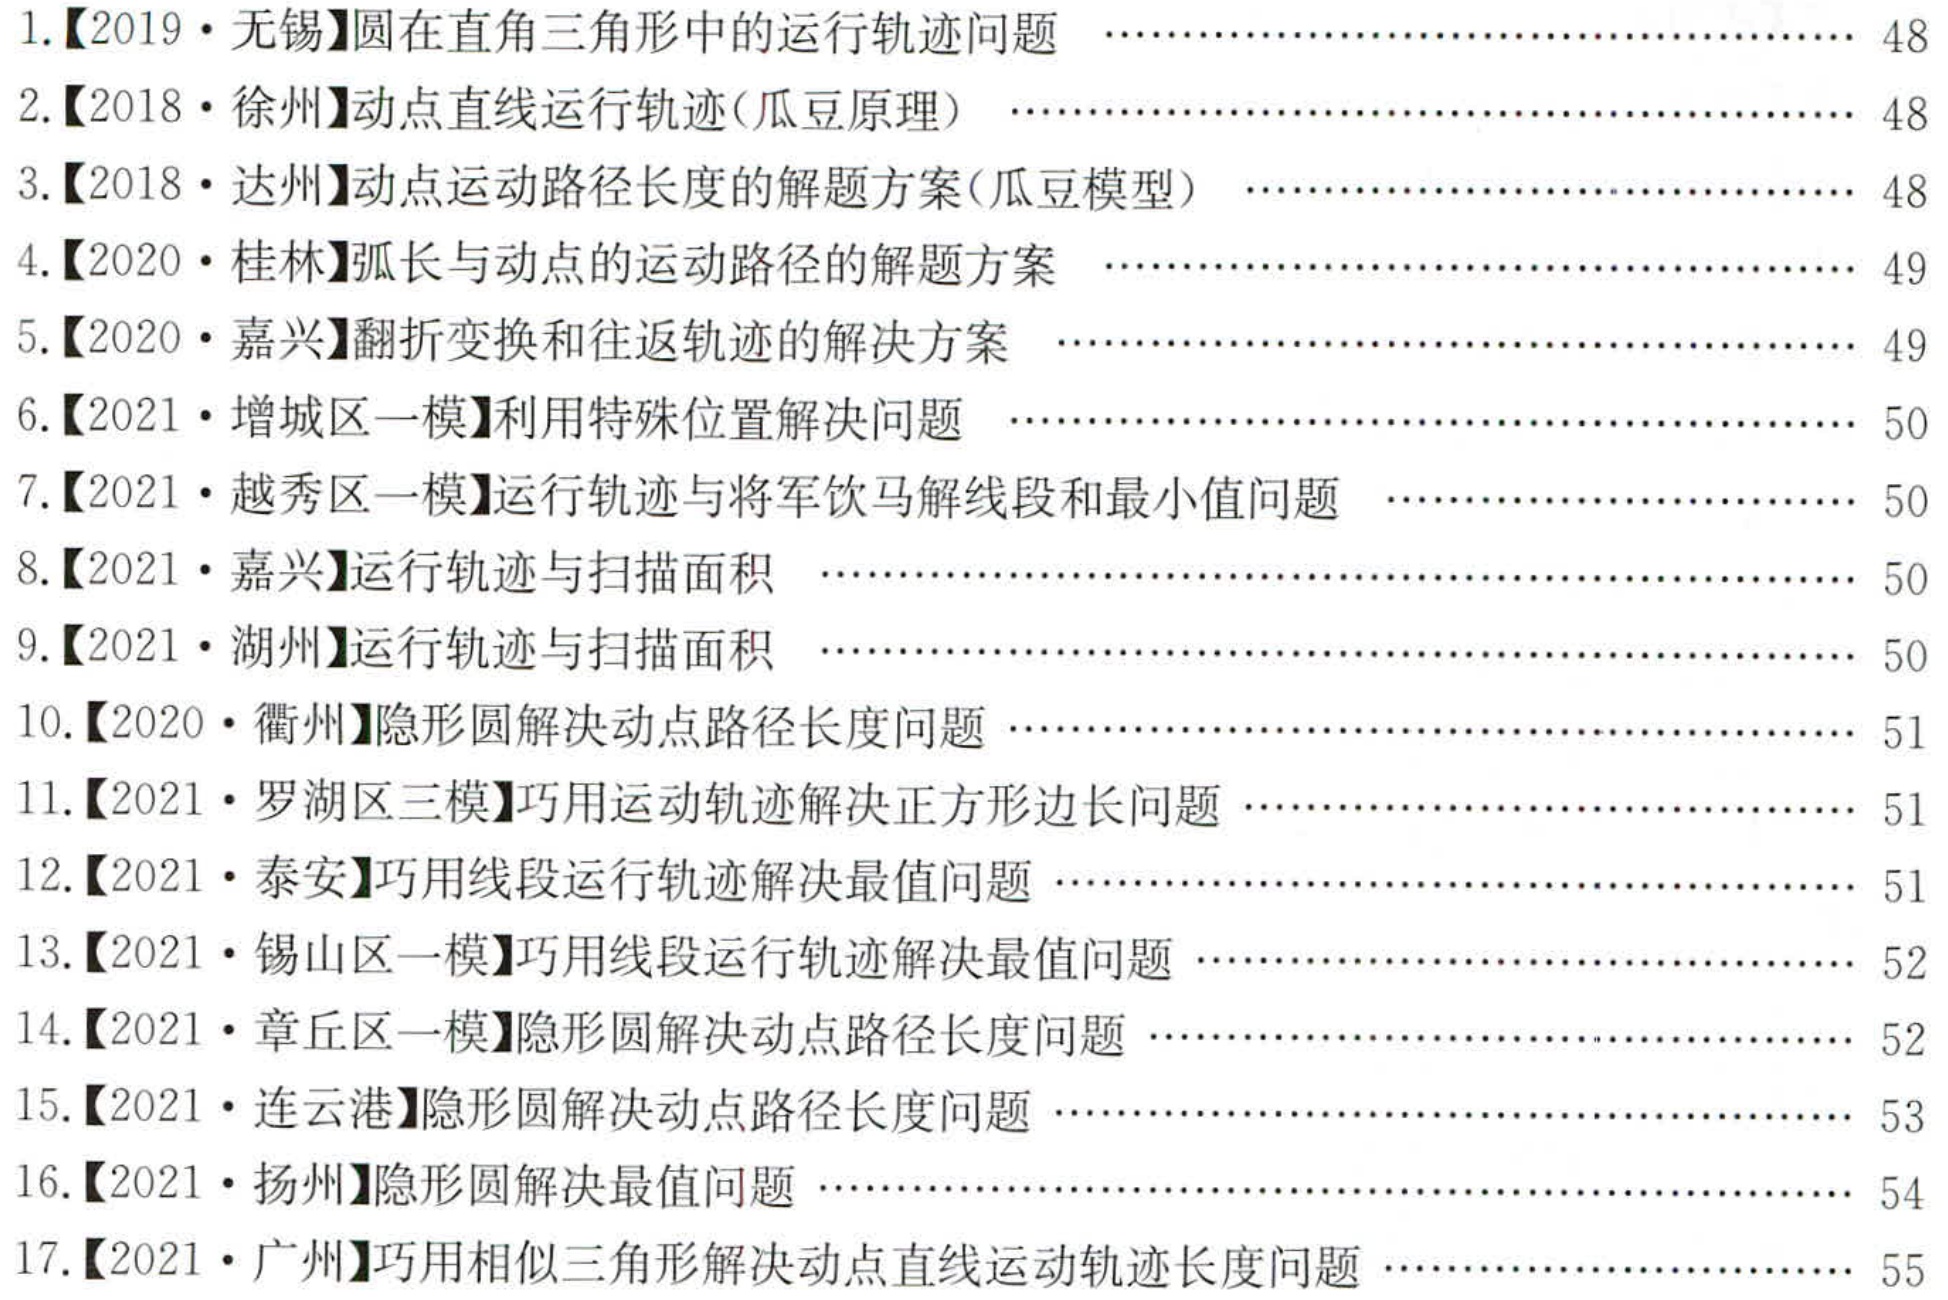
1.【2019·无锡】圆在直角三角形中的运行轨迹问题  \hfill 48
2.【2018·徐州】动点直线运行轨迹(瓜豆原理)  \hfill 48
3.【2018·达州】动点运动路径长度的解题方案(瓜豆模型)  \hfill 48
4.【2020·桂林】弧长与动点的运动路径的解题方案  \hfill 49
5.【2020·嘉兴】翻折变换和往返轨迹的解决方案  \hfill 49
6.【2021·增城区一模】利用特殊位置解决问题  \hfill 50
7.【2021·越秀区一模】运行轨迹与将军饮马解线段和最小值问题  \hfill 50
8.【2021·嘉兴】运行轨迹与扫描面积  \hfill 50
9.【2021·湖州】运行轨迹与扫描面积  \hfill 50
10.【2020·衢州】隐形圆解决动点路径长度问题  \hfill 51
11.【2021·罗湖区三模】巧用运动轨迹解决正方形边长问题  \hfill 51
12.【2021·泰安】巧用线段运行轨迹解决最值问题  \hfill 51
13.【2021·锡山区一模】巧用线段运行轨迹解决最值问题  \hfill 52
14.【2021·章丘区一模】隐形圆解决动点路径长度问题  \hfill 52
15.【2021·连云港】隐形圆解决动点路径长度问题  \hfill 53
16.【2021·扬州】隐形圆解决最值问题  \hfill 54
17.【2021·广州】巧用相似三角形解决动点直线运动轨迹长度问题  \hfill 55